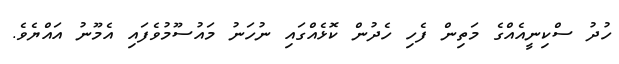
ހުދު ސްކިނީއެއްގެ މަތިން ފެހި ހެދުން ކޮޅެއްގައި ނުހަނު މައުސޫމުވެފައި އެމޫނު އައްޔެވެ.